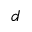
d